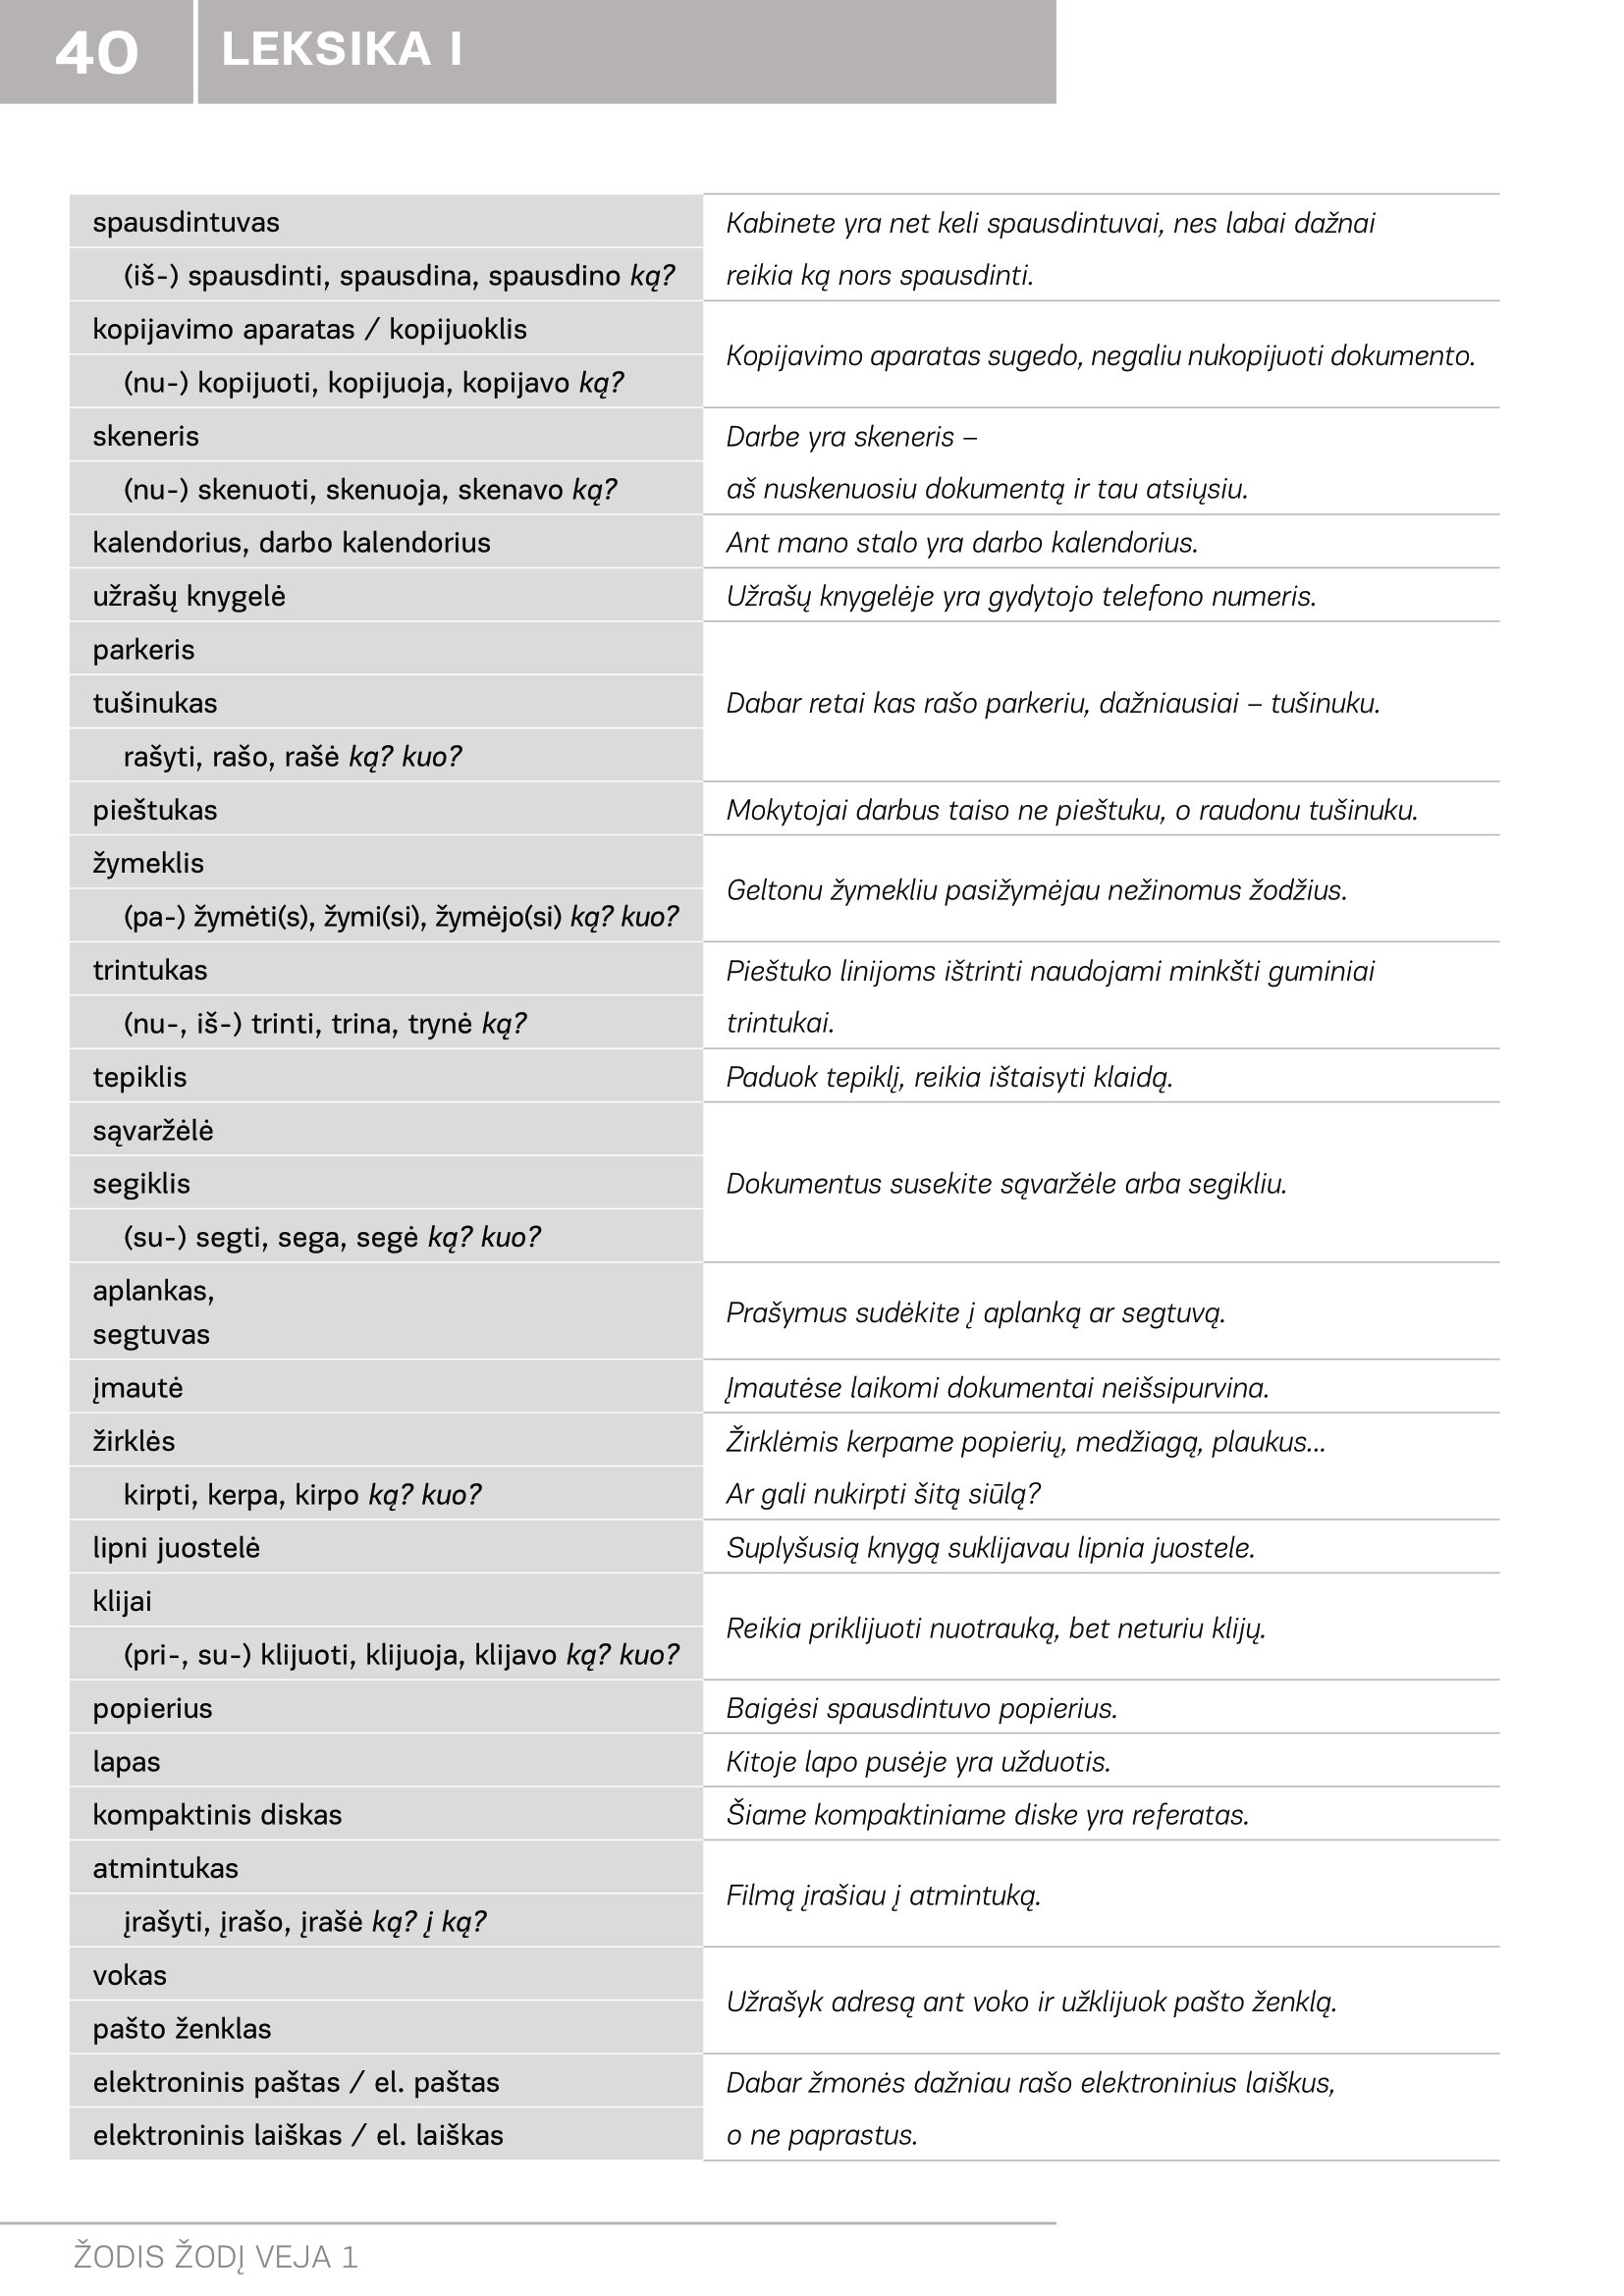
Language: lt